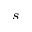
s